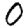
Digit: 0